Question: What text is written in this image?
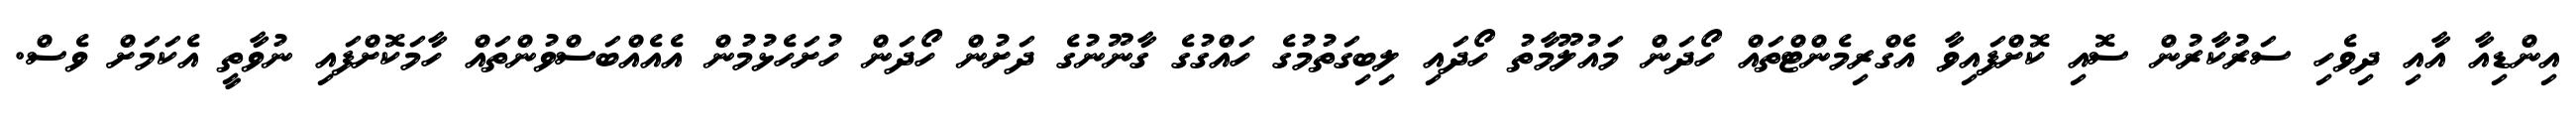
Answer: އިންޑިއާ އާއި ދިވެހި ސަރުކާރުން ސޮއި ކޮށްފައިވާ އެގްރިމެންޓްތައް ހޯދަން މައުލޫމާތު ހޯދައި ލިބިގަތުމުގެ ހައްގުގެ ގާނޫނުގެ ދަށުން ހޯދަން ހުށަހެޅުމުން އެއެއްބަސްވުންތައް ހާމަކޮށްފައި ނުވާތީ އެކަމަށް ވެސް.